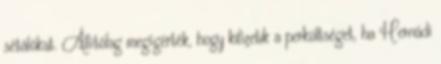
sétálókat. Állítólag megígérték, hogy kifizetik a perköltséget, ha Hernádi